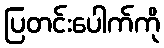
ပြတင်းပေါက်ကို